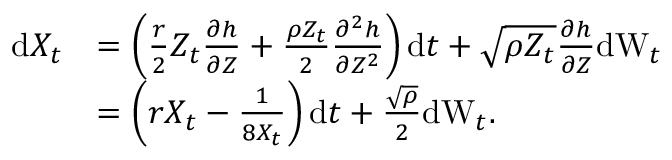
\begin{array} { r l } { { \mathrm { d } } X _ { t } } & { = \left( \frac { r } { 2 } Z _ { t } \frac { \partial h } { \partial Z } + \frac { \rho Z _ { t } } { 2 } \frac { \partial ^ { 2 } h } { \partial Z ^ { 2 } } \right) { \mathrm { d } } t + \sqrt { \rho Z _ { t } } \frac { \partial h } { \partial Z } { \mathrm { d W } } _ { t } } \\ & { = \left( r X _ { t } - \frac { 1 } { 8 X _ { t } } \right) { \mathrm { d } } t + \frac { \sqrt { \rho } } { 2 } { \mathrm { d W } } _ { t } . } \end{array}